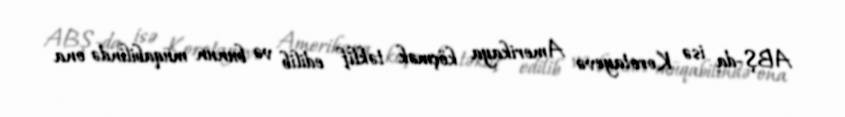
ABŞ-da isə Korotayevə Amerikaya köçmək təklif edilib və bunun müqabilində ona